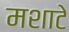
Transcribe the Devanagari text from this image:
मशाटे